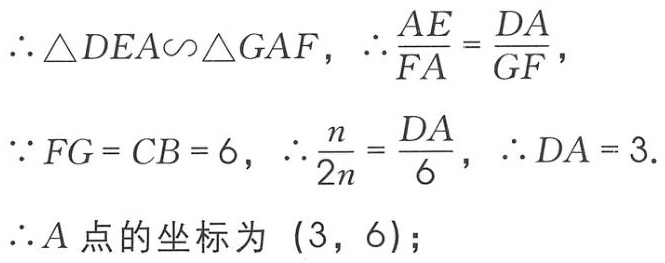
\(\therefore \triangle DEA\sim\triangle GAF,\ \therefore \frac{AE}{FA}=\frac{DA}{GF},\)
\(\because FG = CB = 6,\ \therefore \frac{n}{2n}=\frac{DA}{6},\ \therefore DA = 3.\)
\(\therefore A\)点的坐标为 \((3,\ 6);\)